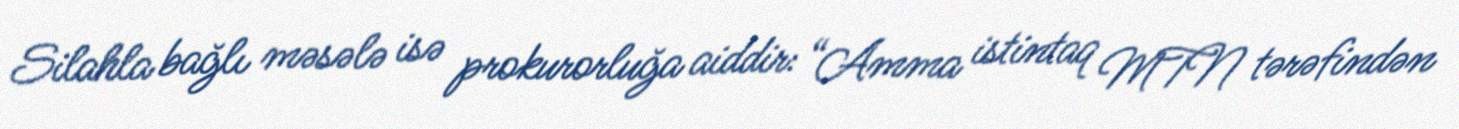
Silahla bağlı məsələ isə prokurorluğa aiddir: “Amma istintaq MTN tərəfindən